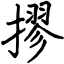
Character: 摎